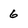
Character: 6